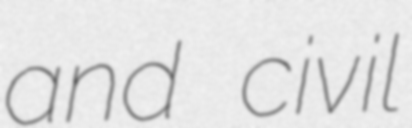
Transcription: and civil